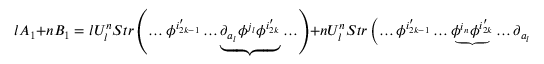
l A _ { 1 } + n B _ { 1 } = l U _ { l } ^ { n } S t r \left( \ldots \phi ^ { i _ { 2 k - 1 } ^ { \prime } } \ldots \underbrace { \partial _ { a _ { l } } \phi ^ { j _ { l } } \phi ^ { i _ { 2 k } ^ { \prime } } } \ldots \right) + n U _ { l } ^ { n } S t r \left( \ldots \phi ^ { i _ { 2 k - 1 } ^ { \prime } } \ldots \underbrace { \phi ^ { i _ { n } } \phi ^ { i _ { 2 k } ^ { \prime } } } \ldots \partial _ { a _ { l } } \phi ^ { j _ { l } } \ldots \right)